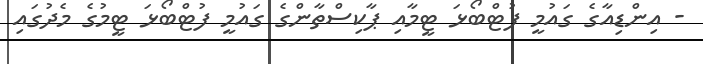
- އިންޑިއާގެ ގައުމީ ފުޓްބޯޅަ ޓީމާއި ޕާކިސްތާންގެ ގައުމީ ފުޓްބޯޅަ ޓީމުގެ މެދުގައި